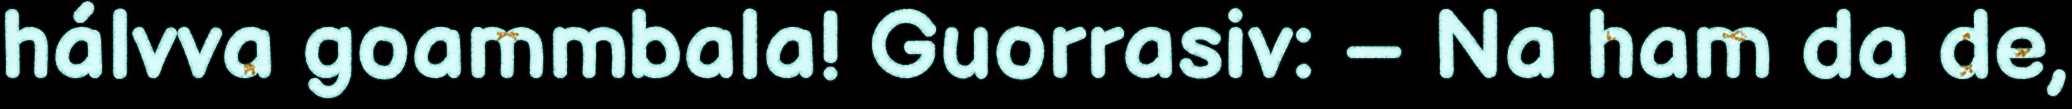
hálvva goammbala! Guorrasiv: – Na ham da de,